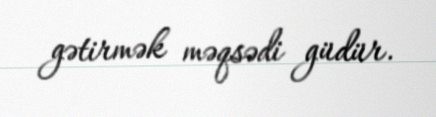
gətirmək məqsədi güdür.